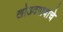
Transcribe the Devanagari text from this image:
खोडदगावाचे